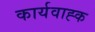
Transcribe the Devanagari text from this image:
कार्यवाह्क